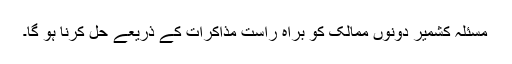
مسئلہ کشمیر دونوں ممالک کو براہِ راست مذاکرات کے ذریعے حل کرنا ہو گا۔